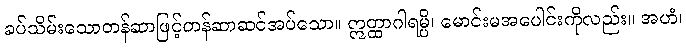
ခပ်သိမ်းသောတန်ဆာဖြင့်တန်ဆာဆင်အပ်သော။ ဣတ္ထာဂါရမ္ပိ၊ မောင်းမအပေါင်းကိုလည်း။ အဟံ၊